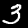
Label: 3